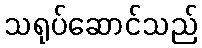
သရုပ်ဆောင်သည်